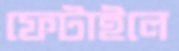
ফেটাইলে